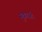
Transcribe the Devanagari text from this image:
मुकरजी